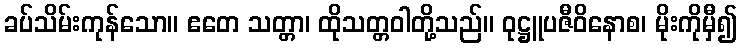
ခပ်သိမ်းကုန်သော။ ဧတေ သတ္တာ၊ ထိုသတ္တဝါတို့သည်။ ဝုဋ္ဌူပဇီဝိနောစ၊ မိုးကိုမှီ၍